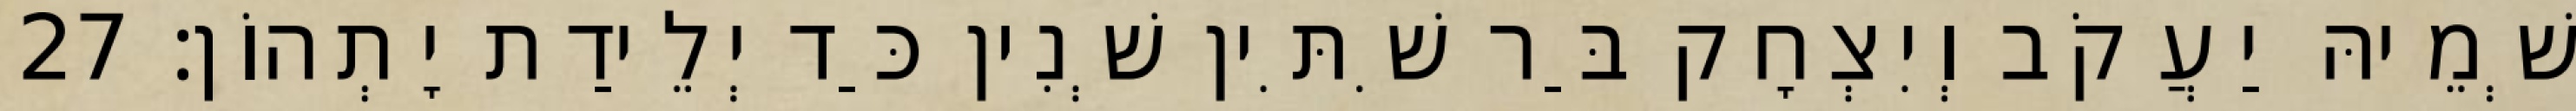
שְׁמֵיהּ יַעֲקֹב וְיִצְחָק בַּר שִׁתִּין שְׁנִין כַּד יְלֵידַת יָתְהוֹן׃ 27